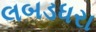
લબડધરા